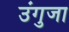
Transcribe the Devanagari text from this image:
उंगुजा